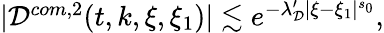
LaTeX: \begin{array}{r}{|\mathcal{D}^{com,2}(t,k,\xi,\xi_{1})|\lesssim e^{-\lambda_{\mathcal{D}}^{\prime}|\xi-\xi_{1}|^{s_{0}}},}\end{array}